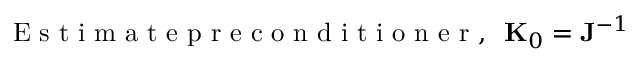
\mathrm { ~ E ~ s ~ t ~ i ~ m ~ a ~ t ~ e ~ p ~ r ~ e ~ c ~ o ~ n ~ d ~ i ~ t ~ i ~ o ~ n ~ e ~ r ~ , ~ } ~ { \bf K } _ { 0 } = { \bf J } ^ { - 1 }